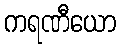
ကရဏီယော